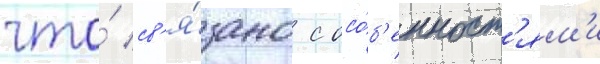
что́ св'я́зано с осо́б'енност'ям'и